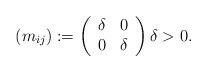
LaTeX: \begin{align*}(m_{ij}) :=\left(\begin{array}{cc}\delta & 0 \\0 & \delta \\\end{array}\right) \delta > 0. \end{align*}